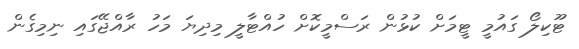
ޓޫކިލޯ ގައުމީ ޓީމަށް ކުޅުން ރަސްމީކޮށް ހުއްޓާލީ މިދިޔަ މަހު ރާއްޖޭގައި ނިމިގެން